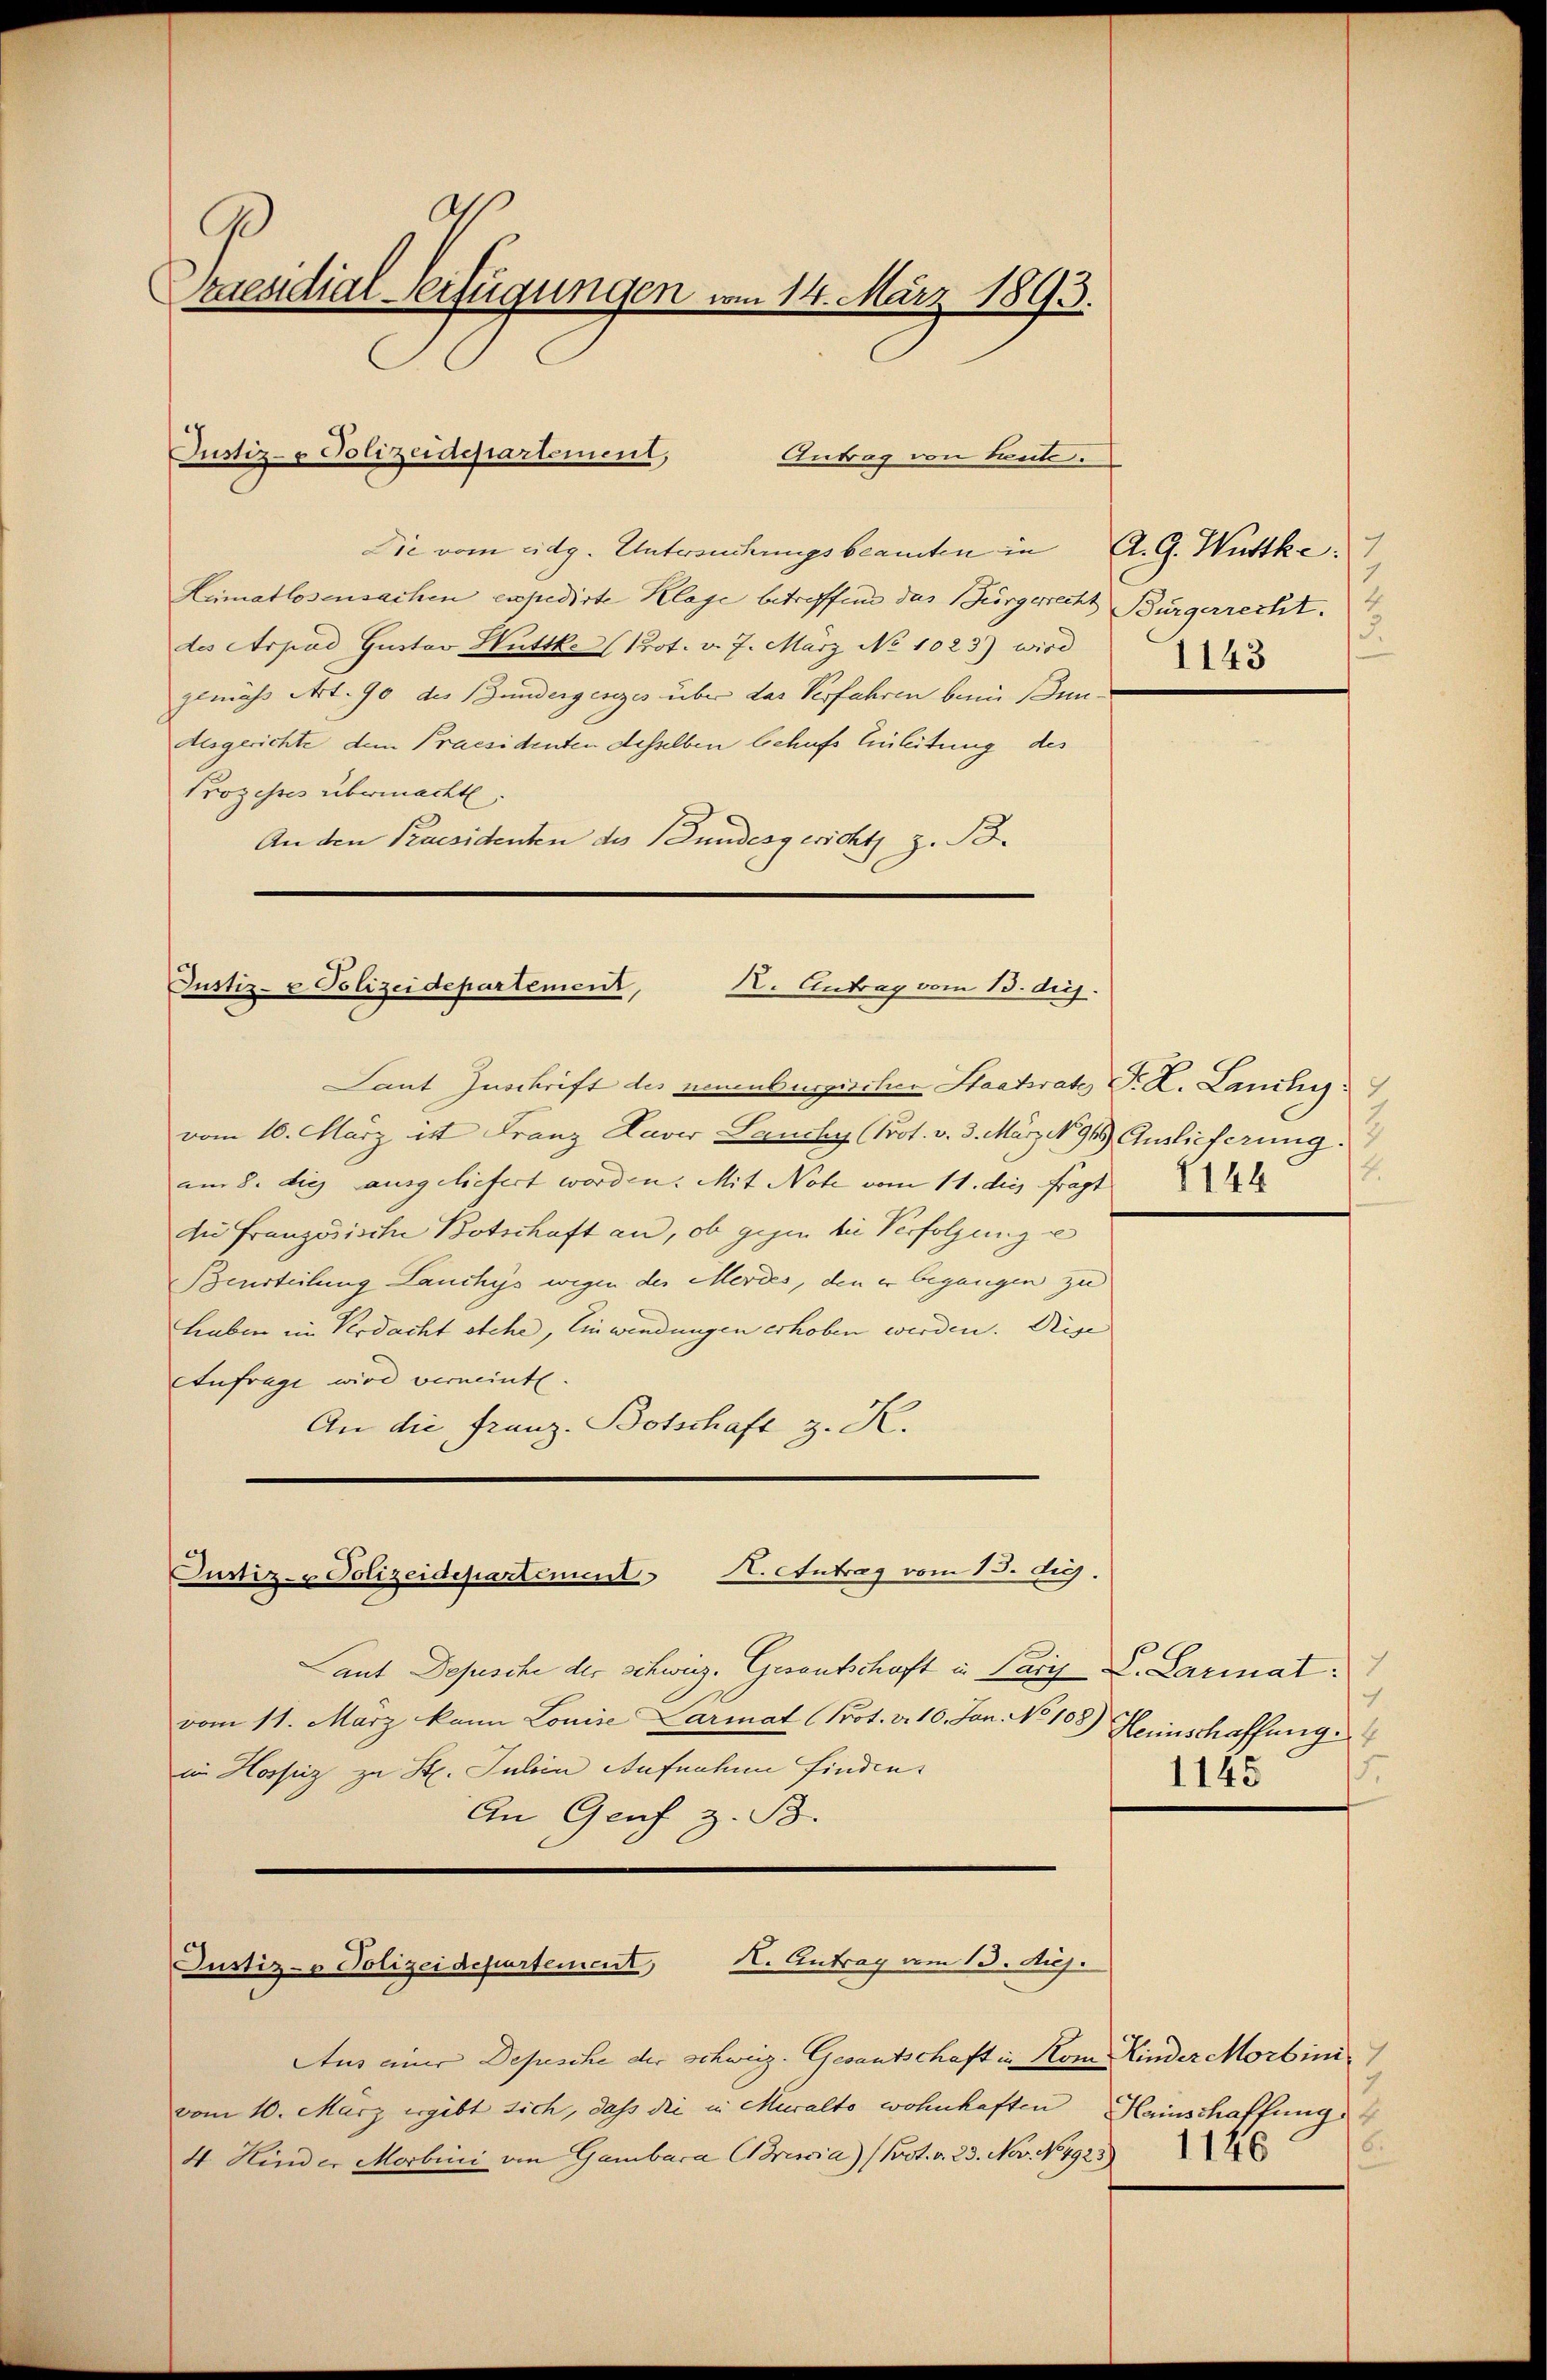
d
9
raesidial-Verfügungen vom 14. März 1893.

Antrag von Baute.

Die vom eidg. Untersuchungsbeamten in A. G. Wüttke
Heimatlosensachen expedirte Klage betreffend das Bürgerrecht Bürgerrecht.
des Arpad Gustav Huttke Prot. v. 7. März No 1023) wird
gemäss Art. 90 des Bundergesezes über das Verfahren beim un-
Aesgerichte dem Praesidenten desselben behufs Einleitung des
Prozesses übermacht.
An den Praesidenten des Bundesgerichts z. B.

Justiz- & Polizeidepartement,
X. Antrag vom 13. die

Justiz- & Polizeidepartement,

Laut Zuschrift des neuenburgischen Staatsrate F. L. Lanike
vom 10. März ist Franz Laver Seuchy (Prot. v. 3. März 1915 Auslieferung.
am 8. dies ausgeliefert worden. Mit Not vom 11. die fragt
Die Französische Botschaft an, ob gegen die Verfolgung e
Beurteilung Lanckys wegen des Mordes, den er begangen zu
Luben im Verdacht etche, Einwendungen erhoben werden. Dise
Anfrage wird verneint.
An die Franz. Botschaft z. K.

Justiz- & Polizeidepartement V. Antrag vom 13. duj.

Aus einer Depesche der Schweiz. Gesantschaft in Kom Kinder Morbini
vom 10. März ergibt sich, dass die in Muralto wohnhaften
4. Hinder Morbini von Gambaca Brescia) (Prot. v. 23. Nov. No 4923

Justiz- & Polizeidepartement, H. Antrag vom 13. Auj.

1143

4.

Laut Depesche der schweiz. Gesantschaft in Paris C. Larmat
vom 11. März kann Louise Parmat (Prot. v. 10. Jan. No 108.) Heinschaffung
in Hospiz zu St. Julin Aufnahme finden¬
An Genf z. B.

ich
15.
1145

Heinschaffung
.
1146